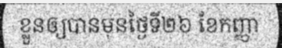
ខ្លួនឲ្យបានមុនថ្ងៃទី២៦ ខែកញ្ញា